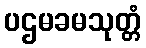
ပဌမခမသုတ္တံ